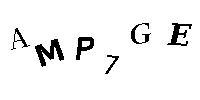
AMP7GE